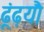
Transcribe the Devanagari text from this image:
ढूंढ़यौ